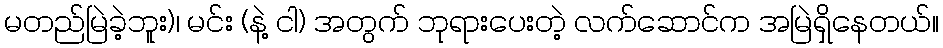
မတည်မြဲခဲ့ဘူး)၊ မင်း (နဲ့ ငါ) အတွက် ဘုရားပေးတဲ့ လက်ဆောင်က အမြဲရှိနေတယ်။